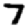
Digit: 7